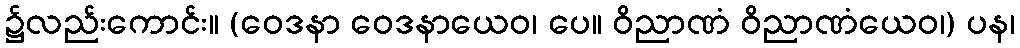
၌လည်းကောင်း။ (ဝေဒနာ ဝေဒနာယေဝ၊ ပေ။ ဝိညာဏံ ဝိညာဏံယေဝ၊) ပန၊